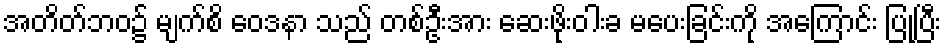
အတိတ်ဘဝ၌ မျက်စိ ဝေဒနာ သည် တစ်ဦးအား ဆေးဖိုးဝါးခ မပေးခြင်းကို အကြောင်း ပြုပြီး